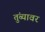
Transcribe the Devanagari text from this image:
तुंब्यावर